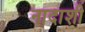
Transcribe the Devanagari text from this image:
नादाशी